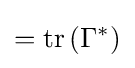
=\operatorname {tr} \left(\Gamma ^{*}\right)